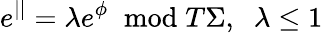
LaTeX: e^{||}=\lambda e^{\phi}\; \; \mathrm{mod}\; T\Sigma,\; \; \lambda\leq 1